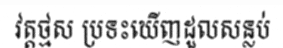
វត្តថ្មស ប្រទះឃើញដួលសន្លប់